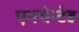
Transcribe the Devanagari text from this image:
एनचेन्टेड